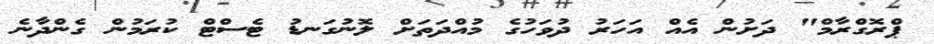
ޕްރޮގްރާމް" ދަށުން އެއް އަހަރު ދުވަހުގެ މުއްދަތަށް ލޮނުގަނޑު ޓެސްޓް ކުރަމުން ގެންދާނެ